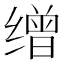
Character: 缯